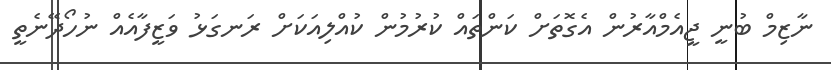
ނާޒިމް ބުނީ ޖީއެމްއާރުން އެގޮތަށް ކަންތައް ކުރުމުން ކުއްލިއަކަށް ރަނގަޅު ވަޒީފާއެއް ނުހޯދޭނެތީ